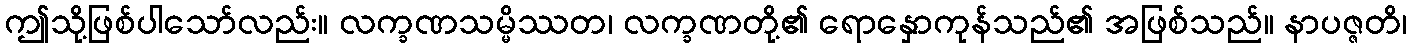
ဤသို့ဖြစ်ပါသော်လည်း။ လက္ခဏသမ္မိဿတ၊ လက္ခဏတို့၏ ရောနှောကုန်သည်၏ အဖြစ်သည်။ နာပဇ္ဇတိ၊